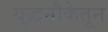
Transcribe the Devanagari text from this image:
युद्धनौकेतून